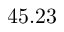
4 5 . 2 3